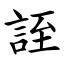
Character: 誈